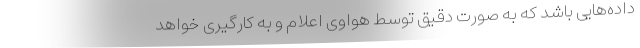
داده‌هایی باشد که به صورت دقیق توسط هواوی اعلام و به کارگیری خواهد